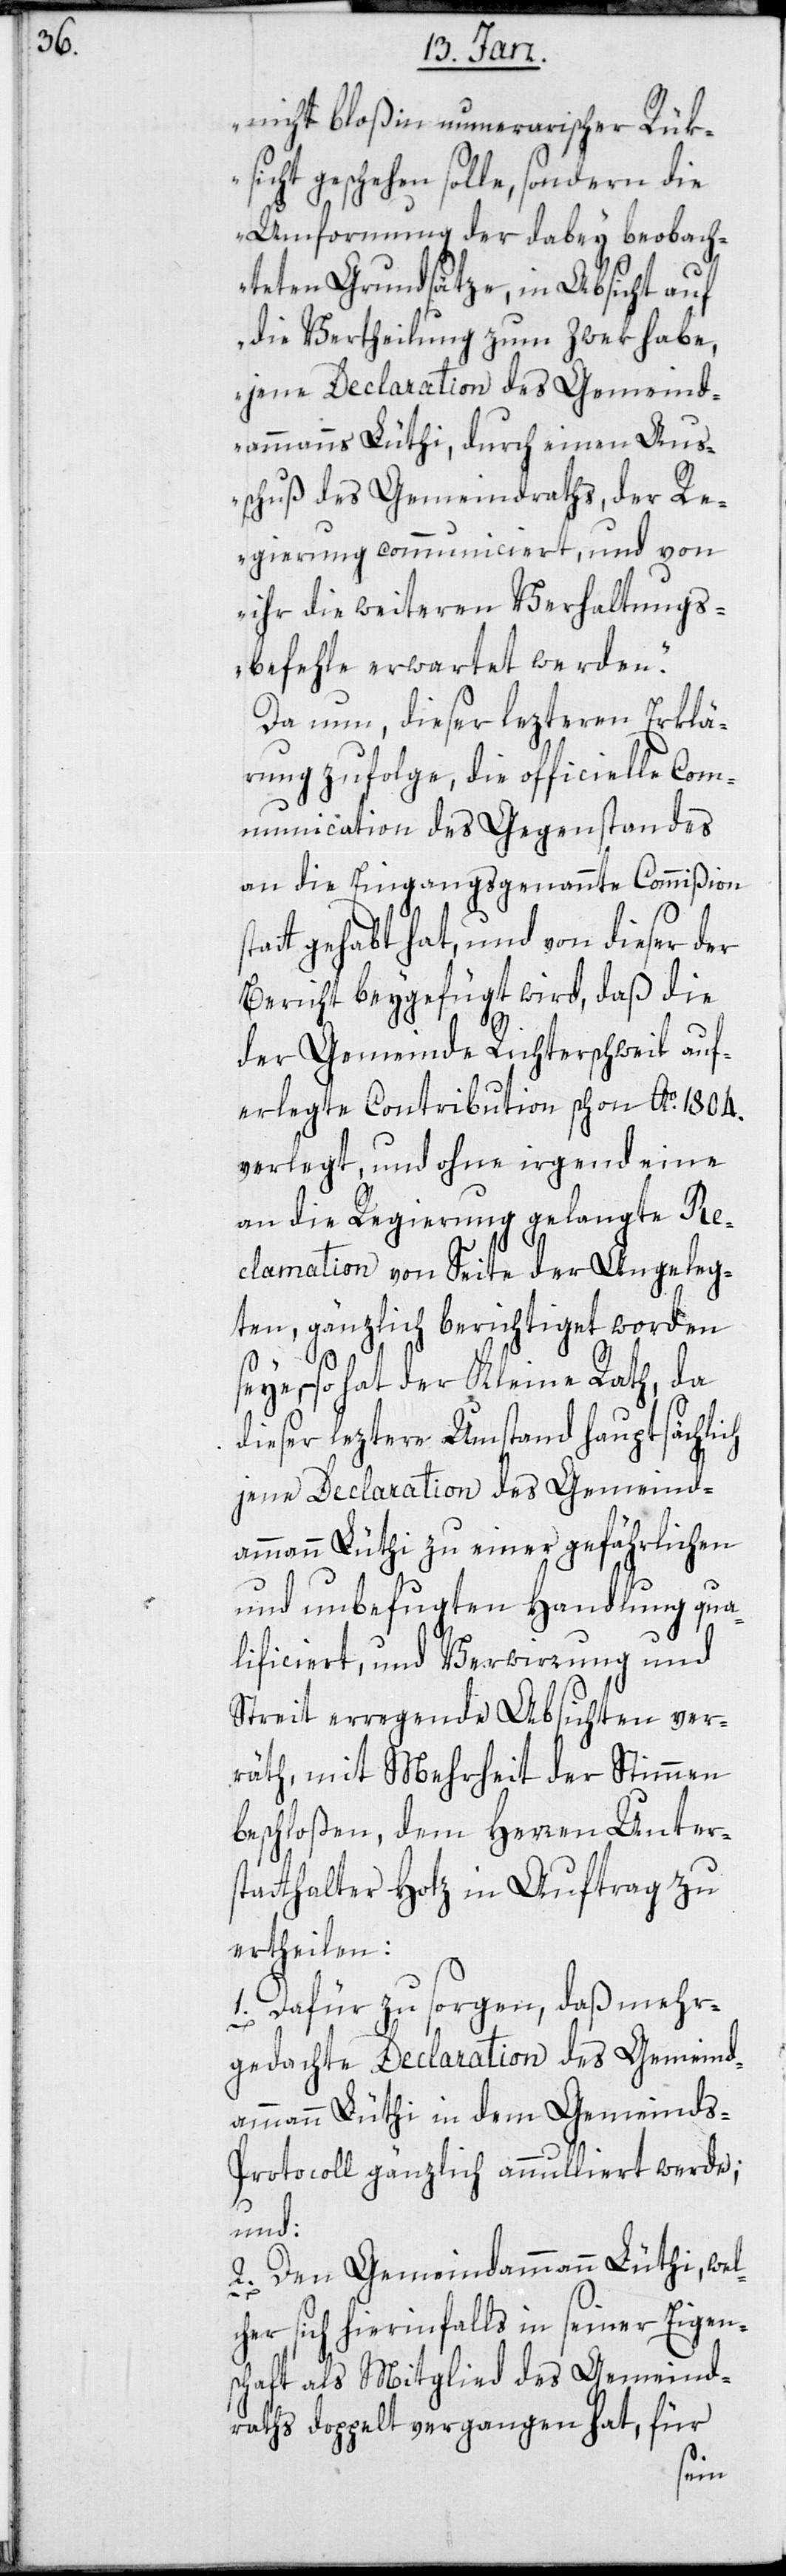
nicht bloß in nummerarischer Rük¬
sicht geschehen solle, sondern die
Umformung der dabey beobach¬
teten Grundsätze, in Absicht auf
die Vertheilung zum Zwek habe,
jene Declaration des Gemeind¬
ammanns Lüthi, durch einen Aus¬
schuß des Gemeindraths, der Re¬
gierung communiciert, und von
ihr die weiteren Verhaltungs¬
befehle erwartet werden“.
Da nun, dieser letzteren Erklä¬
rung zufolge, die officielle Com¬
munication des Gegenstandes
an die eingangs genannte Commißion
t gehabt hat, und von dieser der
Bericht beygefügt wird, daß die
der Gemeinde Richterschweil auf¬
erlegte Contribution schon Ao. 1804.
verlegt, und ohne irgend eine
an die Regierung gelangte Re¬
clamation von Seite der Angeleg¬
ten, gänzlich berichtiget worden
so hat der Kleine Rath, da
dieser letztere Umstand hauptsächlich
jene Declaration des Gemeind¬
ammann Lüthi zu einer gefährlichen
und unbefugten Handlung qua¬
lificiert, und Verwirrung und
Streit erregende Absichten ver¬
räth, mit Mehrheit der Stimmen
beschloßen, dem Herren Unter¬
statthalter Hotz in Auftrag zu
ertheilen:
1. Dafür zu sorgen, daß mehr¬
–
gedachte Declaration des Gemeind¬
ammann Lüthi in dem Gemeinds-P¬
rotocoll gänzlich annulliert werde;
und:
2. Den Gemeindammann Lüthi, wel¬
cher sich hierinfalls in seiner Eigen¬
schaft als Mitglied des Gemeind¬
raths doppelt vergangen hat, für
seye,